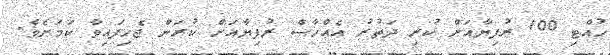
ހުއްޓި 100 ރުފިޔާއަށް ކުރި ދަތުރު އެއްހާސް ރުފިޔާއަށް ކުރަން ޖެހިފައިވާ ކަމަށެވެ.